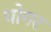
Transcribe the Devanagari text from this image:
घोगर